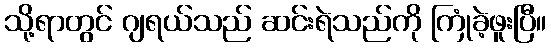
သို့ရာတွင် ဂျရယ်သည် ဆင်းရဲသည်ကို ကြုံခဲ့ဖူးပြီ။